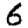
Digit: 6